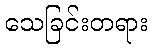
သေခြင်းတရား